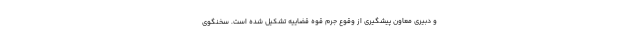
و دبیری معاون پیشگیری از وقوع جرم قوه قضاییه تشکیل شده است. سخنگوی